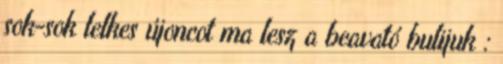
sok-sok lelkes újoncot ma lesz a beavató bulijuk :